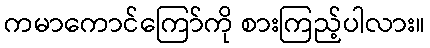
ကမာကောင်ကြော်ကို စားကြည့်ပါလား။